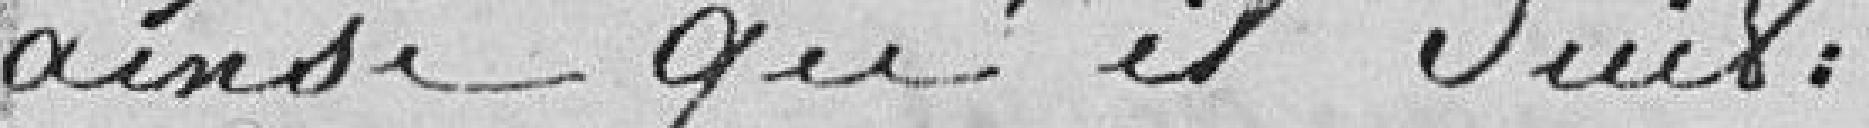
ainsi qu'il suit :